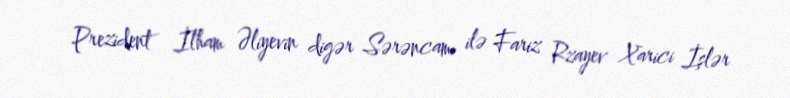
Prezident İlham Əliyevin digər Sərəncamı ilə Fariz Rzayev Xarici İşlər